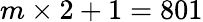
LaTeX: m\times 2+1=801